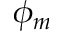
\phi _ { m }